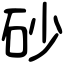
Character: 砂